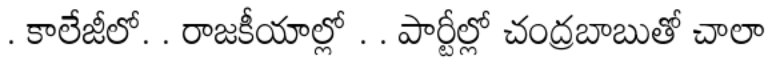
. కాలేజీలో. . రాజకీయాల్లో . . పార్టీల్లో చంద్రబాబుతో చాలా